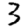
Digit: 3